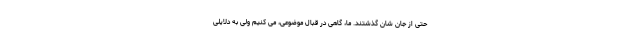
حتی از جان شان گذشتند. ما، گاهی در قبال موضوعی، می کنیم ولی به دلایلی